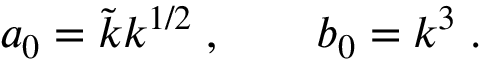
a _ { 0 } = \tilde { k } k ^ { 1 / 2 } \; , \qquad b _ { 0 } = k ^ { 3 } \; .